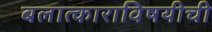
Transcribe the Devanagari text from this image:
बलात्काराविषयीची